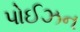
પોઈઝન